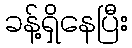
ခန့်ရှိနေပြီး